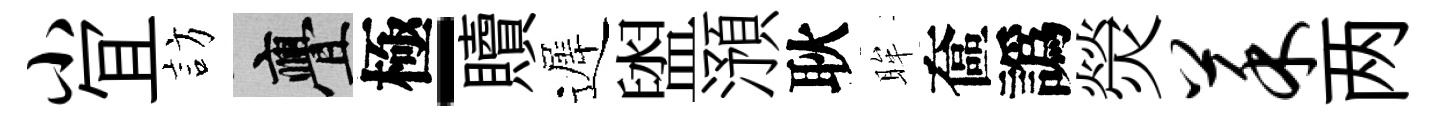
小冝訪亹極-贖遲盥澦耿眸奩譌熒菜两